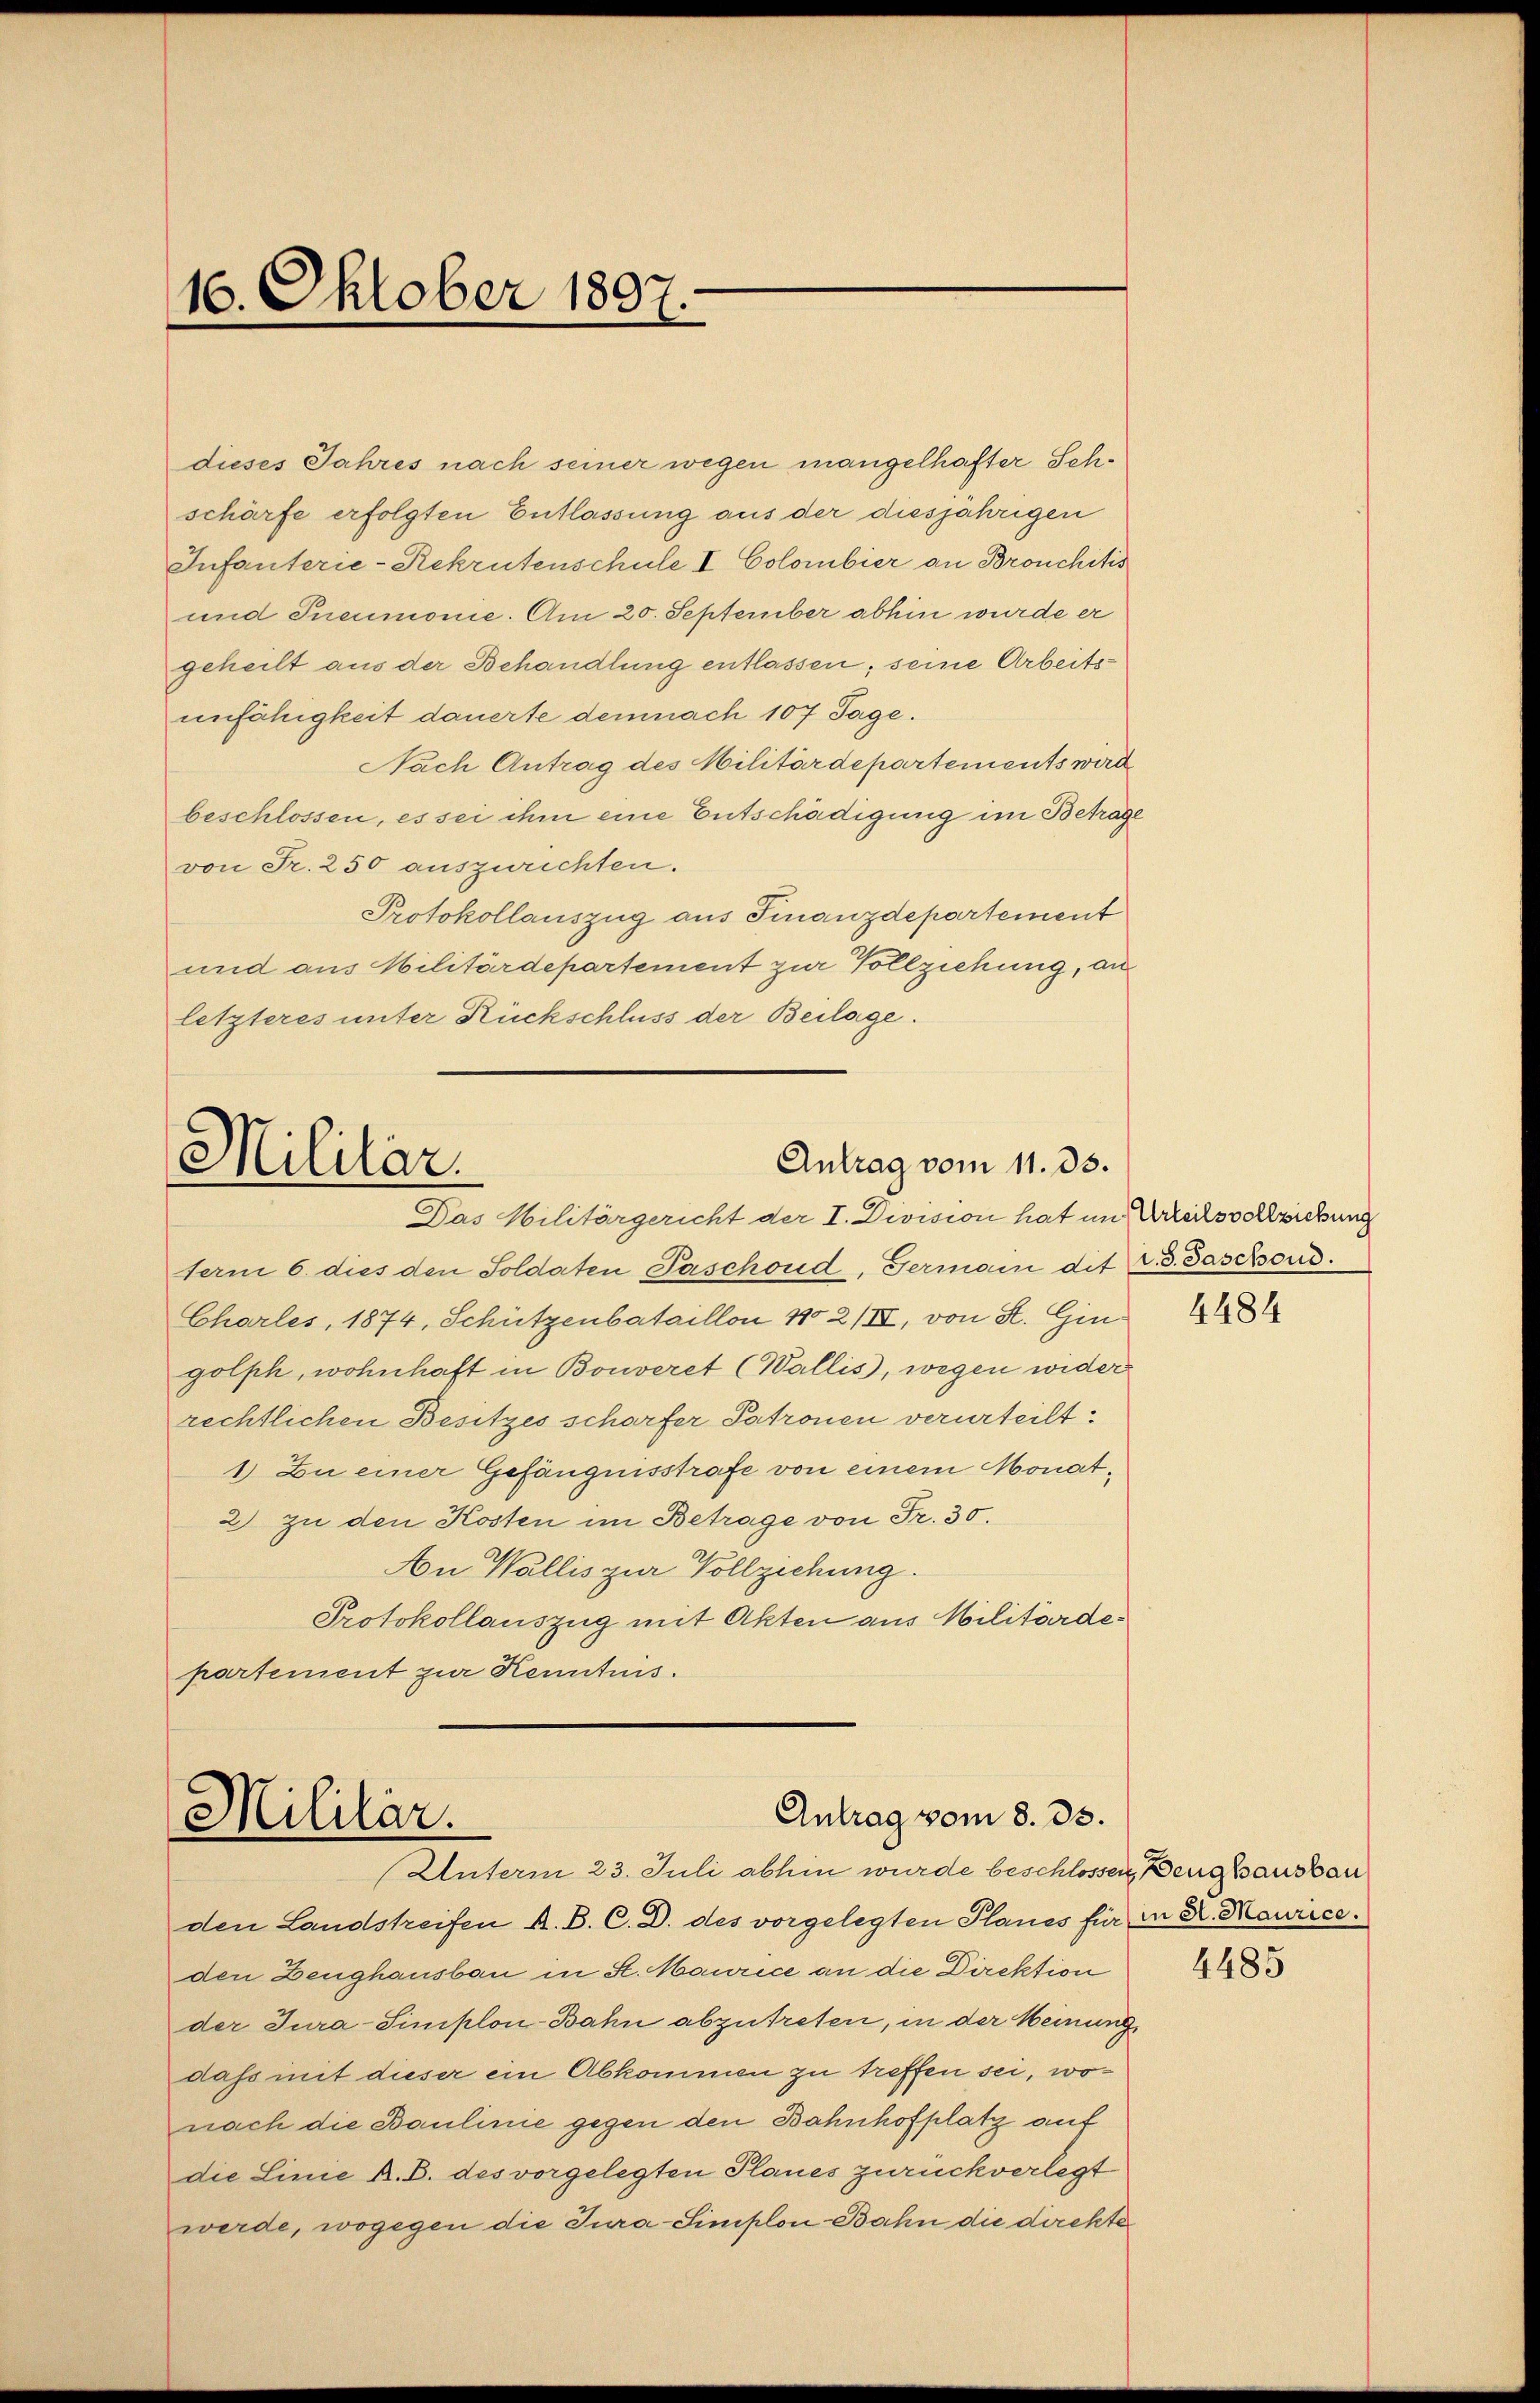
16. Oktober 1897.

dieses Jahres nach seiner wegen mangelhafter Sch.
schärfe erfolgten Entlassung aus der diesjährigen
Infanterie-Rekrutenschule I Colombier an Bronchitis
und Ineumonie. Am 20. September abhin wurde er
geheilt aus der Behandlung entlassen; seine Arbeitsunfähigkeit dauerte demnach 107 Tage.
Nach Antrag des Militärdepartements wird
beschlossen, es sei ihm eine Entschädigung im Betrage
von Fr. 250 auszurichten.
Protokollauszug aus Finanzdepartement
und aus Militärdepartement zur Vollziehung, an
letzteres unter Rückschluss der Beilage.

Antrag vom 11. 33.
Militar
Das Militärgericht der I. Division hat im Urteilsvollziehung

Antrag vom 8. 33.
Militär.
Unterm 23. Juli abhin wurde beschlossen Zeughausbau

term 6. dies den Soldaten Paschond, Germann dit v. 3. Taschond.
Charles, 1874, Schützenbataillon 180 2/IV, von K. Gingolph, wohnhaft in Bonveret (Wallis, wegen wider
rechtlichen Besitzes scharfer Patronen verurteilt
1) Zu einer Gefängnisstrafe von einem Monat¬
2) zu den Kosten im Betrage von Fr. 30.
Au Wallis zur Vollziehung.
Protokollauszug mit Akten aus Militärdepartement zur Kenntnis.

den Landstreifen A. B. C. D. des vorgelegten Planes für in K. Maurice.
den Zeughausbau in St. Maurice an die Direktion
der Jura-Simplon-Bahn abzutreten, in der Meinung
dass mit dieser ein Abkommen zu treffen sei, wonach die Baulinie gegen den Bahnhofplatz auf
die Linie k. B. des vorgelegten Planes zurückverlegt
werde, wogegen die Tura-Simplon-Bahn die direkte

4484

4485